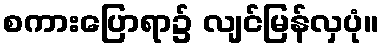
စကားပြောရာ၌ လျင်မြန်လှပုံ။